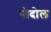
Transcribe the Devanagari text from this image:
पोदोल